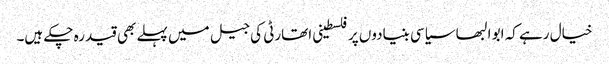
خیال رہے کہ ابو البھا سیاسی بنیادوں پر فلسطینی اتھارٹی کی جیل میں پہلے بھی قید رہ چکے ہیں۔